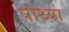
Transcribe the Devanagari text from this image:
पाथ्या